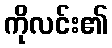
ကိုလင်း၏